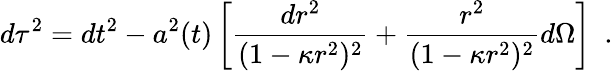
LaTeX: d\tau^{2}=dt^{2}-a^{2}(t)\left[\frac{dr^{2}}{(1-\kappa r^{2})^{2}}+\frac{r^{2}}{(1-\kappa r^{2})^{2}}d\Omega\right]~~.